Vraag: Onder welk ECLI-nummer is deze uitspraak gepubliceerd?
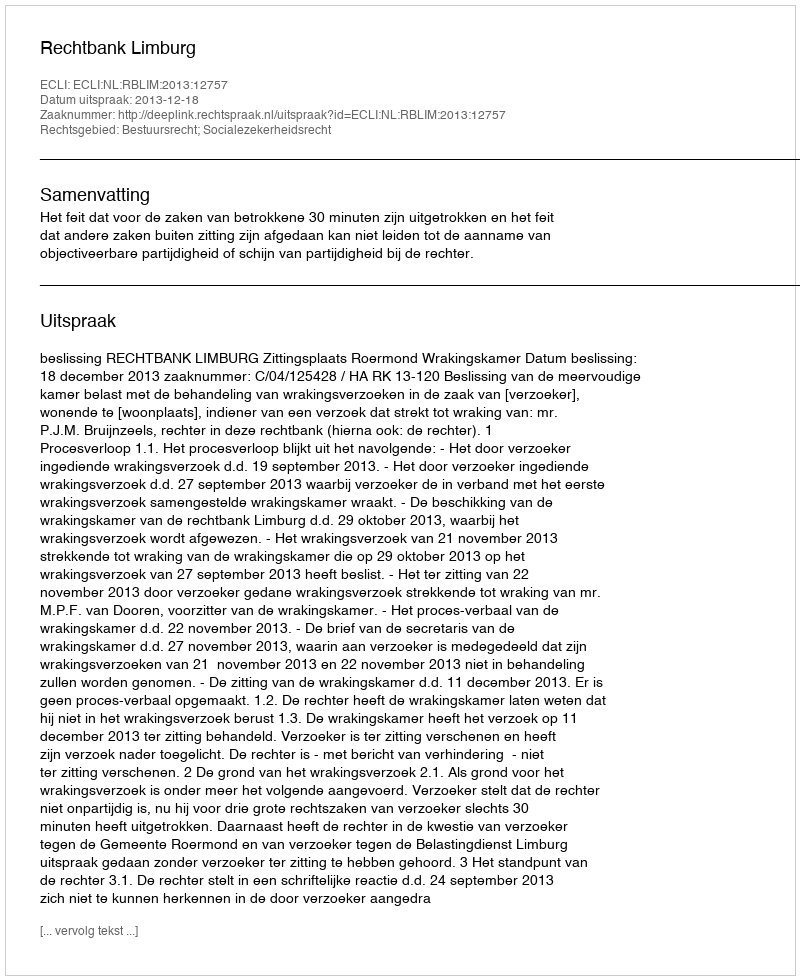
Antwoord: ECLI:NL:RBLIM:2013:12757